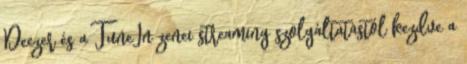
Deezer és a TuneIn zenei streaming szolgáltatástól kezdve a